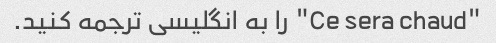
"Ce sera chaud" را به انگلیسی ترجمه کنید.